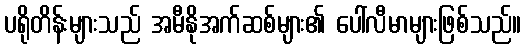
ပရိုတိန်းများသည် အမီနိုအက်ဆစ်များ၏ ပေါ်လီမာများဖြစ်သည်။